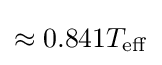
\approx 0.841T_{\rm {eff}}